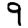
Digit: 9